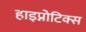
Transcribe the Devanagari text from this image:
हाइप्नोटिक्स